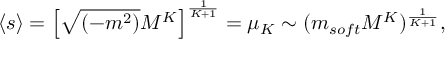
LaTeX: \langle s \rangle = \left[ \sqrt { ( - m ^ { 2 } ) } { \cal M } ^ { K } \right] ^ { \frac { 1 } { K + 1 } } = \mu _ { K } \sim ( m _ { s o f t } { \cal M } ^ { K } ) ^ { \frac { 1 } { K + 1 } } ,